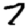
Digit: 7